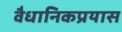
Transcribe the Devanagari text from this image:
वैधानिकप्रयास